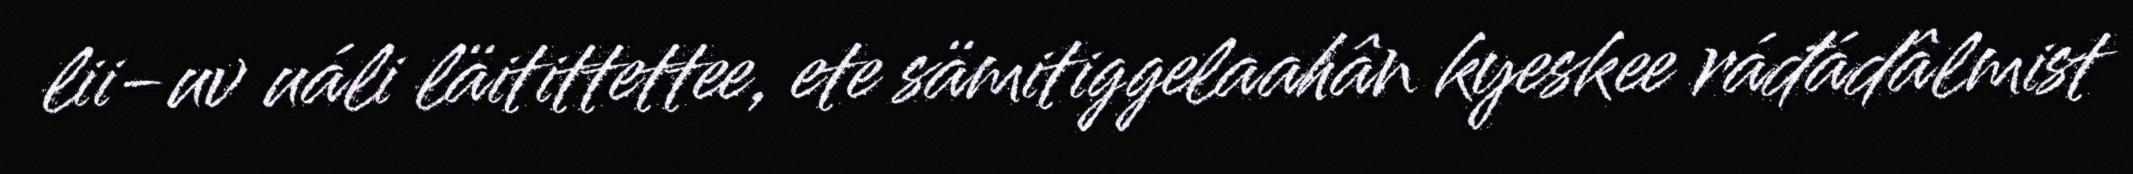
lii-uv uáli läitittettee, ete sämitiggelaahân kyeskee ráđádâlmist